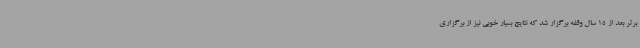
برتر بعد از 15 سال وقفه برگزار شد که نتایج بسیار خوبی نیز از برگزاری